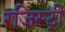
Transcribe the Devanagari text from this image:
रजिस्‍ट्री